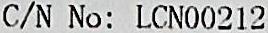
C/N NO: LCN00212